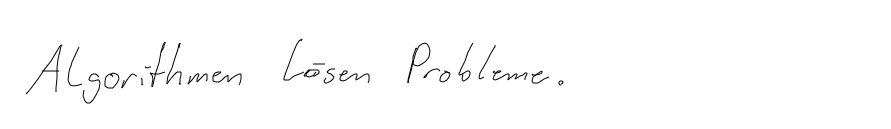
Algorithmen lösen Probleme.